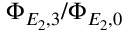
\Phi _ { E _ { 2 } , 3 } / \Phi _ { E _ { 2 } , 0 }